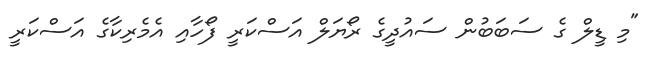
"މި ޑީލް ގެ ސަބަބުން ސައުދީގެ ރޯޔަލް އަސްކަރީ ފޯހާއި އެމެރިކާގެ އަސްކަރީ